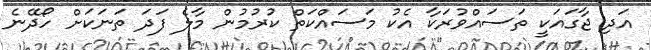
އަދި ޖާގައަކީ ތަސައްވުރަކާ އެކު މަސައްކަތް ކުރުމުން މާލެ ފަދަ ތަނަކަށް ހޯދޭނެ